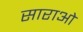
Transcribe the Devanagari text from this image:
साराओ